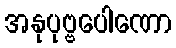
အနုပုဗ္ဗပေါဏော